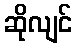
ဆိုလျင်